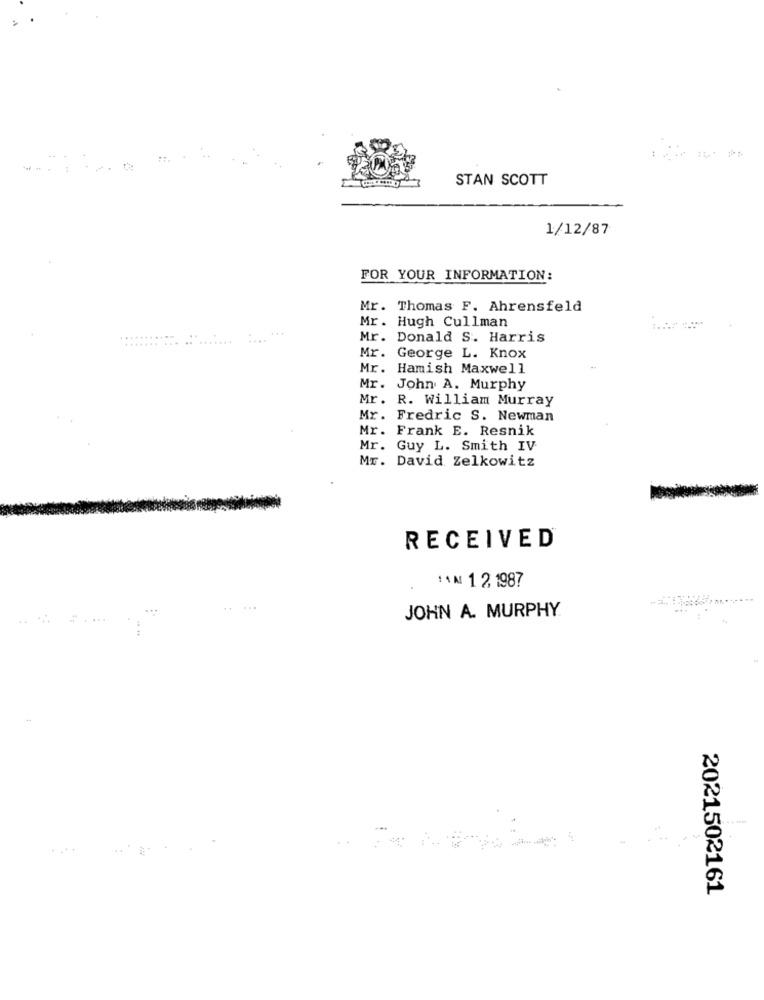
STAN SCOTT
1/12/87
FOR YOUR INFORMATION:
Mr. Thomas F. Ahrensfeld
Mr. Hugh Cullman
........
Mr. Donald S. Harris
Mr. George L. Knox
Mr. Hamish Maxwell
Mr. John A. Murphy
Mr .
R. William Murray
Mr. Fredric S. Newman
Mr. Frank E. Resnik
Mr. Guy L. Smith IV
Mr. David Zelkowitz
RECEIVED
11N 12 1987
...
JOHN A. MURPHY
2021502161